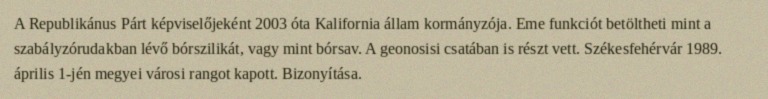
A Republikánus Párt képviselőjeként 2003 óta Kalifornia állam kormányzója. Eme funkciót betöltheti mint a szabályzórudakban lévő bórszilikát, vagy mint bórsav. A geonosisi csatában is részt vett. Székesfehérvár 1989. április 1-jén megyei városi rangot kapott. Bizonyítása.